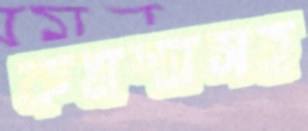
কমন্সসহ